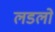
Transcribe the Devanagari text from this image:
लडलो